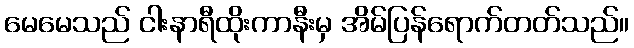
မေမေသည် ငါးနာရီထိုးကာနီးမှ အိမ်ပြန်ရောက်တတ်သည်။